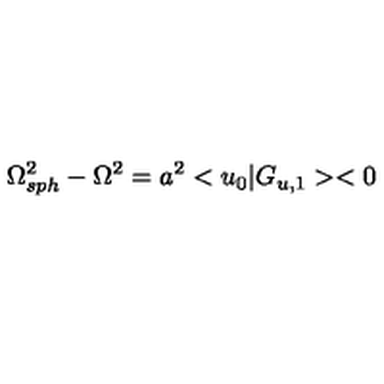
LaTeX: { \Omega _ { s p h } ^ { 2 } } - { \Omega } ^ { 2 } = a ^ { 2 } < u _ { 0 } | G _ { u , 1 } > < 0